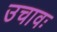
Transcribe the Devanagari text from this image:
उचावः